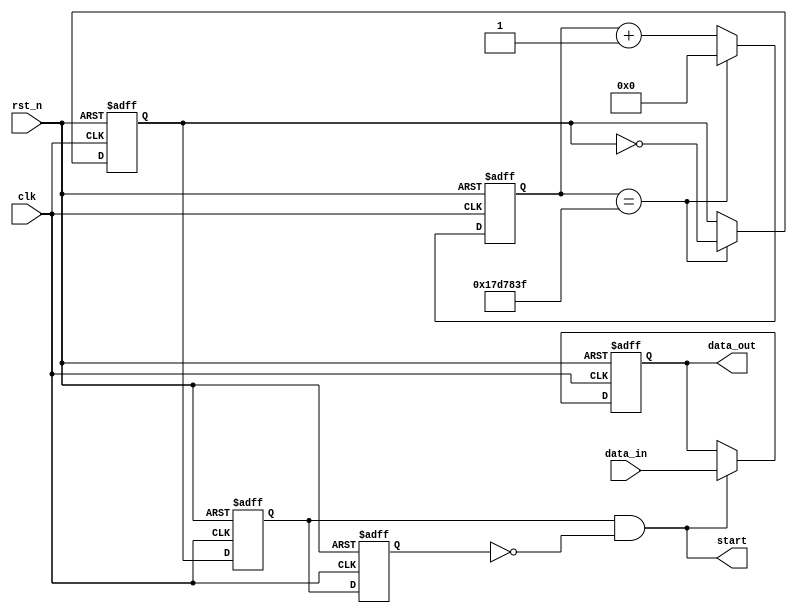
`timescale 1ns / 1ps
//////////////////////////////////////////////////////////////////////////////////
// Company: 
// Engineer: 
// 
// Design Name: 
// Module Name:    datar 
// Project Name: 
// Target Devices: 
// Tool versions: 
// Description: 
//
// Dependencies: 
//
// Revision: 
// Revision 0.01 - File Created
// Additional Comments: 
//
//////////////////////////////////////////////////////////////////////////////////
module datar(clk,rst_n,data_in,data_out,start
    );
	input clk;
	input rst_n;
	input [15:0] data_in;
	output reg [15:0] data_out;
	output start;
	
parameter N=250_000_00;

reg [25:0] cnt;
reg clk_1ms;
always@(posedge clk or negedge rst_n)
begin
if(!rst_n)
begin
cnt<=0;
end
else if(cnt==N-1)
cnt<=0;
else cnt<=cnt+1;
end

always@(posedge clk or negedge rst_n)
begin
if(!rst_n)
begin
clk_1ms<=0;
end
else if(cnt==N-1)
clk_1ms<=~clk_1ms;
else ;
end

reg clk_r;
reg clk_rr;
wire start;

always@(posedge clk or negedge rst_n)
begin
if(!rst_n)
begin
clk_r<=0;
clk_rr<=0;
end
else
begin
clk_r<=clk_1ms;
clk_rr<=clk_r;
end
end

assign start=clk_r&(~clk_rr);


always@(posedge clk or negedge rst_n)
begin
if(!rst_n)
begin
data_out<=0;
end
else if(start==1)
begin
data_out<=data_in;
end
else 
data_out<=data_out;
end

endmodule